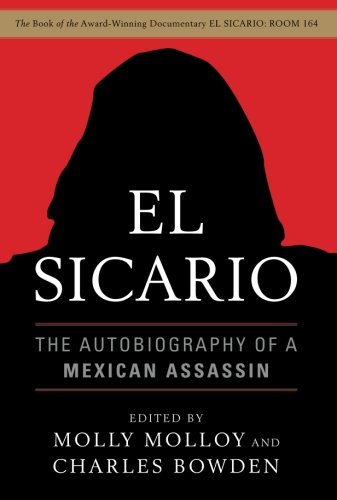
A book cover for El Sicario: The Autobiography of a Mexican Assassin; Biographies & Memoirs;